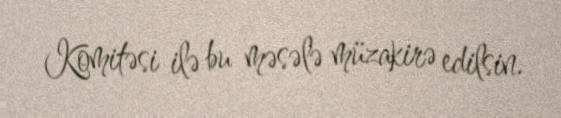
Komitəsi ilə bu məsələ müzakirə edilsin.